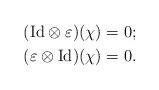
LaTeX: \begin{align*}(\mathrm{Id}\otimes \varepsilon)(\chi)&=0;\\(\varepsilon\otimes\mathrm{Id})(\chi)&=0. \end{align*}